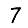
Digit: 7